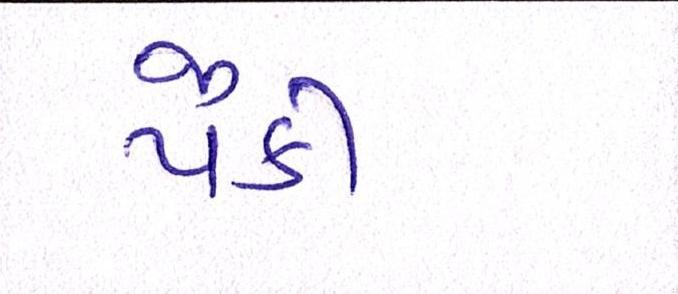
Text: પૈકી